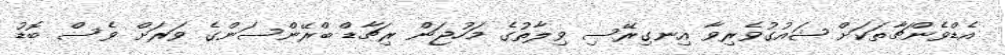
އެޑްވެންޗާތަކަށް ޝައުގުވެރިވާ އިނގިރޭސި ވިލާތުގެ މަހުޖަން ރިޗާޑް ބްރޭންސަންގެ ވަރަށް ވެސް ބޮޑު